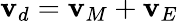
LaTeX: \mathbf{v}_{d}=\mathbf{v}_{M}+\mathbf{v}_{E}